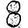
Digit: 8